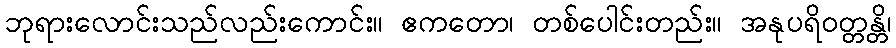
ဘုရားလောင်းသည်လည်းကောင်း။ ဧကတော၊ တစ်ပေါင်းတည်း။ အနုပရိဝတ္တန္တိ၊